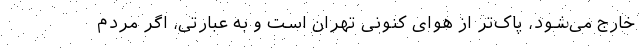
خارج می‌شود، پاک‌تر از هوای کنونی تهران است و به عبارتی، اگر مردم